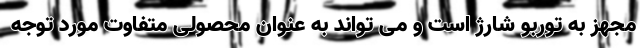
مجهز به توربو شارژ است و می تواند به عنوان محصولی متفاوت مورد توجه